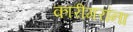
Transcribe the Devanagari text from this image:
कारीगरांना